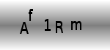
Text: Af1Rm